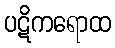
ပဋိကရောထ